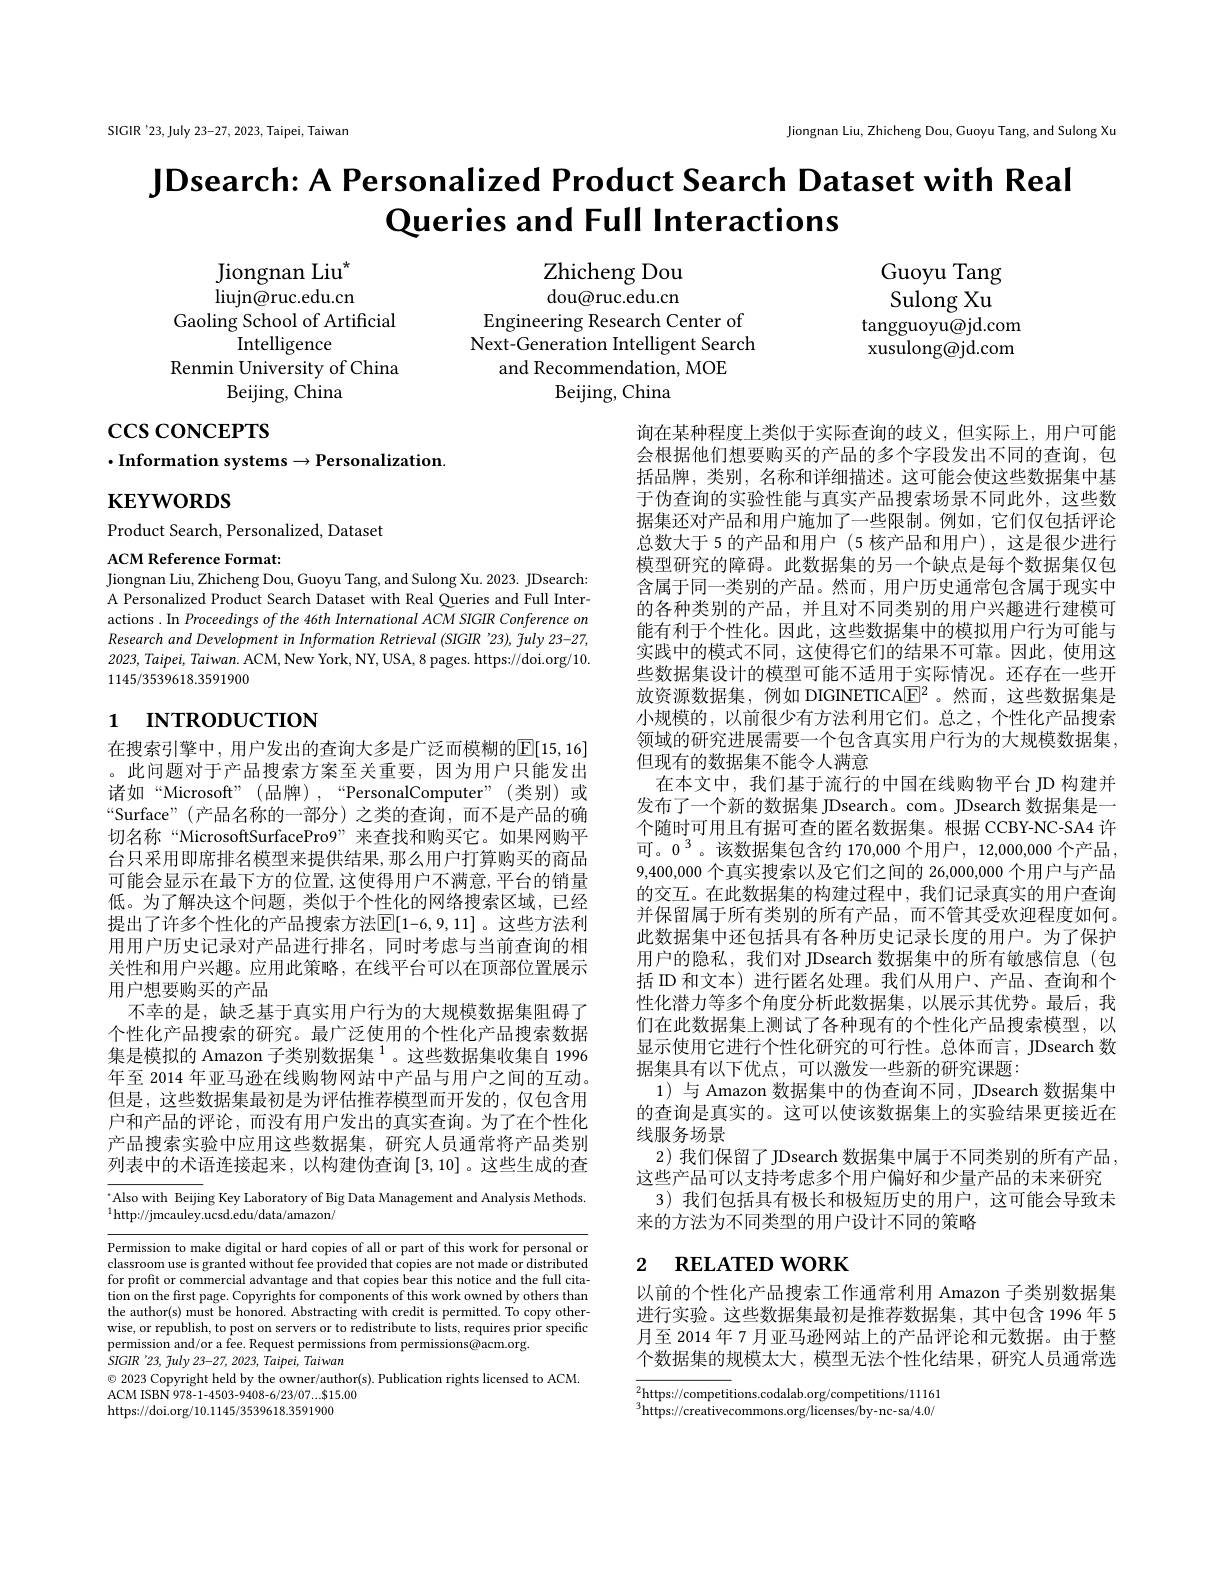
SIGIR'23,July 23-27, 2023, Taipei, Taiwan

Jiongnan Liu, Zhicheng Dou, Guoyu Tang, and Sulong Xu

JDsearch: A Personalized Product Search Dataset with Real
Queries and Full Interactions

Guoyu Tang Sulong Xu
tangguoyu@jd.com xusulong@jd.com

Jiongnan Liu$^{*}$ $\operatorname{liujn@ruc.edu.cn}$
Gaoling School of Artificial
Intelligence
Renmin University of China
Beijing, China

Zhicheng Dou dou@ruc.edu.cn
Engineering Research Center of Next-Generation Intelligent Search
and Recommendation, MOE
Beijing, China

$\csc\csc$coNCEPTS

$\cdot$Information systems$\to$Personalization.

$\mathbf{KEYWORDS}$

Product Search, Personalized, Dataset

ACM Reference Format:
Jiongnan Liu, Zhicheng Dou, Guoyu Tang, and Sulong Xu. 2023. JDsearch: A Personalized Product Search Dataset with Real Queries and Full Interactions .In Proceedings of the 46th International ACM SIGIR Conference on Research and Development in Information Retrieval (SIGIR '23), fuly 23-27, 2023, Taipei, Taiwan. ACM, New York, NY, USA, 8 pages. https://doi.org/10. 1145/3539618.3591900

# 1 INTRODUCTION

询在某种程度上类似于实际查询的歧义，但实际上，用户可能会根据他们想要购买的产品的多个字段发出不同的查询，包括品牌，类别，名称和详细描述。这可能会使这些数据集中基于伪查询的实验性能与真实产品搜索场景不同此外，这些数据集还对产品和用户施加了一些限制。例如，它们仅包括评论总数大于 5 的产品和用户 (5 核产品和用户),这是很少进行模型研究的障碍。此数据集的另一个缺点是每个数据集仅包含属于同一类别的产品。然而，用户历史通常包含属于现实中的各种类别的产品，并且对不同类别的用户兴趣进行建模可能有利于个性化。因此，这些数据集中的模拟用户行为可能与实践中的模式不同，这使得它们的结果不可靠。因此，使用这些数据集设计的模型可能不适用于实际情况。还存在一些开放资源数据集，例如 DIGNETICA$\mathbb{E}^2$。然而，这些数据集是小规模的，以前很少有方法利用它们。总之，个性化产品搜索领域的研究进展需要一个包含真实用户行为的大规模数据集， 但现有的数据集不能令人满意
在本文中，我们基于流行的中国在线购物平台 JD 构建并发布了一个新的数据集 JDsearch。com。JDsearch 数据集是一个随时可用且有据可查的匿名数据集。根据 CCBY-NC-SA4 许可。$0^3$。该数据集包含约 170,000 个用户，12,000,000 个产品， 9,400,000 个 真 实 搜 索 以 及 它 们 之 间 的 26, 000, 000 个 用 户 与 产 品 的交互。在此数据集的构建过程中，我们记录真实的用户查询并保留属于所有类别的所有产品，而不管其受欢迎程度如何。此数据集中还包括具有各种历史记录长度的用户。为了保护用户的隐私，我们对 JDsearch 数据集中的所有敏感信息(包括 ID 和文本) 进行匿名处理。我们从用户、产品、查询和个性化潜力等多个角度分析此数据集，以展示其优势。最后，我们在此数据集上测试了各种现有的个性化产品搜索模型，以显示使用它进行个性化研究的可行性。总体而言，JDsearch 数据集具有以下优点，可以激发一些新的研究课题：
1)与 Amazon 数据集中的伪查询不同，JDsearch 数据集中的查询是真实的。这可以使该数据集上的实验结果更接近在线服务场景
2) 我们保留了 JDsearch 数据集中属于不同类别的所有产品， 这些产品可以支持考虑多个用户偏好和少量产品的未来研究
3) 我们包括具有极长和极短历史的用户，这可能会导致未
来的方法为不同类型的用户设计不同的策略

在搜索引擎中，用户发出的查询大多是广泛而模糊的$\overline{\mathbb{E}}[15,16]$ 。此问题对于产品搜索方案至关重要，因为用户只能发出诸如“Microsoft”(品牌),“PersonalComputer”(类别)或$“$Surface”(产品名称的一部分)之类的查询，而不是产品的确切名称“MicrosoftSurfacePro9” 来查找和购买它。如果网购平台只采用即席排名模型来提供结果，那么用户打算购买的商品可能会显示在最下方的位置，这使得用户不满意，平台的销量低。为了解决这个问题，类似于个性化的网络搜索区域，已经提出了许多个性化的产品搜索方法$\boxed{\mathrm{E}}[1-6,9,11]$。这些方法利用用户历史记录对产品进行排名，同时考虑与当前查询的相关性和用户兴趣。应用此策略，在线平台可以在顶部位置展示用户想要购买的产品
不幸的是，缺乏基于真实用户行为的大规模数据集阻碍了个性化产品搜索的研究。最广泛使用的个性化产品搜索数据集是模拟的 Amazon 子类别数据集$^{1}$。这些数据集收集自 1996年至 2014 年亚马逊在线购物网站中产品与用户之间的互动。但是，这些数据集最初是为评估推荐模型而开发的，仅包含用户和产品的评论，而没有用户发出的真实查询。为了在个性化产品搜索实验中应用这些数据集，研究人员通常将产品类别列表中的术语连接起来，以构建伪查询[3,10] 。这些生成的查

$^{\cdot}$Also with Beijing Key Laboratory of Big Data Management and Analysis Methods.
$^{1}$http://jmcauley.ucsd.edu/data/amazon/

# 2 RELATED WORK

以前的个性化产品搜索工作通常利用 Amazon 子类别数据集进行实验。这些数据集最初是推荐数据集，其中包含 1996 年 5月至 2014 年 7 月亚马逊网站上的产品评论和元数据。由于整个数据集的规模太大，模型无法个性化结果，研究人员通常选

Permission to make digital or hard copies of all or part of this work for personal or classroom use is granted without fee provided that copies are not made or distributed for profit or commercial advantage and that copies bear this notice and the full citation on the first page. Copyrights for components of this work owned by others than the author(s) must be honored. Abstracting with credit is permitted. To copy otherwise, or republish, to post on servers or to redistribute to lists, requires prior specific permission and/or a fee. Request permissions from permissions@acm.org.
SIGIR '23, fuly 23-27, 2023, Taipei, Taiwan
$\odot$ 2023 Copyright held by the owner/author(s). Publication rights licensed to ACM.
ACM ISBN 978-1-4503-9408-6/23/07....815.00
https://doi.org/10.1145/3539618.3591900

$\overline{{^2\text{https://competit}}}$tions.codalab.org/competitions/11161 $^3$https://creativecommons.org/licenses/by-nc-sa/4.0/